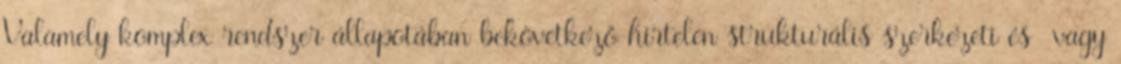
Valamely komplex rendszer állapotában bekövetkező hirtelen strukturális szerkezeti és vagy